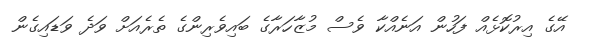
އޭގެ އިރުކޮޅެއް ފަހުން އަނެއްކާ ވެސް މުޒާހަރާގެ ބައިވެރިންގެ ތެރެއަށް ވަދެ ވަޑައިގެން